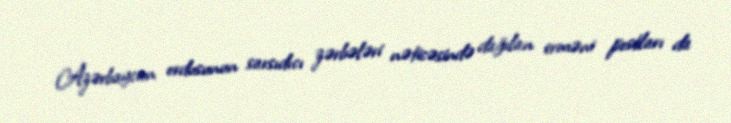
Azərbaycan ordusunun sarsıdıcı zərbələri nəticəsində dağılan erməni postları da